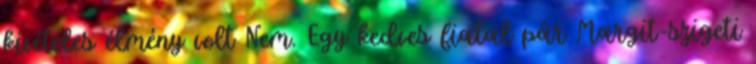
kivételes élmény volt Nem. Egy kedves fiatal pár Margit-szigeti